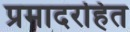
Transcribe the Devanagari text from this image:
प्रमादरहित